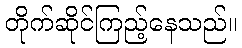
တိုက်ဆိုင်ကြည့်နေသည်။